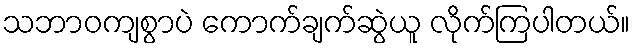
သဘာဝကျစွာပဲ ကောက်ချက်ဆွဲယူ လိုက်ကြပါတယ်။